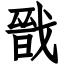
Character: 戩